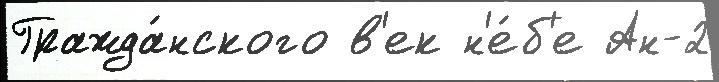
Гражда́нского в'ек н'е́б'е Ан-2